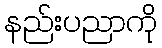
နည်းပညာကို